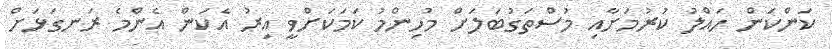
ކަންކަން ހައްލު ކުރުމަށާއި މުސްތަގުބަލަށް މުހިންމު ކަމަކަށްވީ އިރު އެކަން އެންމެ ރަނގަޅަށް